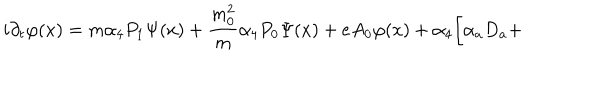
i \partial _ { t } \varphi ( x ) = m \alpha _ { 4 } P _ { 1 } \Psi ( x ) + \frac { m _ { 0 } ^ { 2 } } { m } \alpha _ { 4 } P _ { 0 } \Psi ( x ) + e A _ { 0 } \varphi ( x ) + \alpha _ { 4 } \biggl [ \alpha _ { a } D _ { a } +